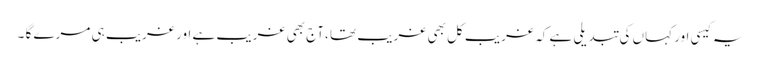
یہ کیسی اور کہاں کی تبدیلی ہے کہ غریب کل بھی غریب تھا ،آج بھی غریب ہے اور غریب ہی مرے گا ۔